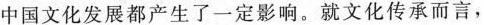
中国文化发展都产生了一定影响。就文化传承而言，